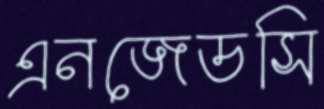
এনজেডসি